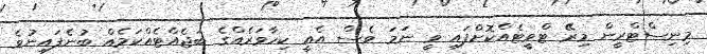
މިނިސްޓްރީން މިރޭ ޓްވީޓެއްކޮށްފައި ވީ ނަމަ ވެސް އެއީ ކިހާވަރެއްގެ ބަޖެއްޓެއްކަމެއް ބުނެފައިނުވެ